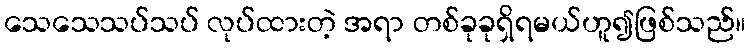
သေသေသပ်သပ် လုပ်ထားတဲ့ အရာ တစ်ခုခုရှိရမယ်ဟူ၍ဖြစ်သည်။